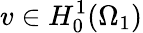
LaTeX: v\in H_{0}^{1}(\Omega_{1})